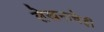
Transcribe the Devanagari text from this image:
लेखनाचेही